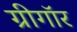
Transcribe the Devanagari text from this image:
ग्रीगॉर